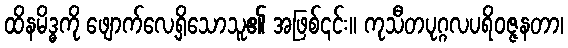
ထိနမိဒ္ဓကို ဖျောက်လေ့ရှိသောသူ၏ အဖြစ်၎င်း။ ကုသီတပုဂ္ဂလပရိဝဇ္ဇနတာ၊